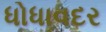
ધોધાવદર